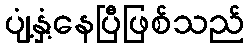
ပျံ့နှံ့နေပြီဖြစ်သည်